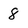
Character: 8